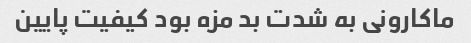
ماکارونی به شدت بد مزه بود کیفیت پایین